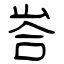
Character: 峇